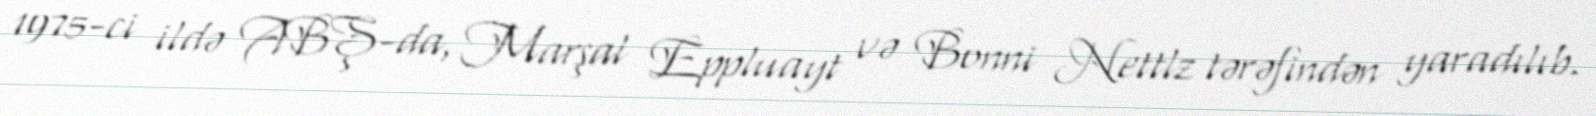
1975-ci ildə ABŞ-da, Marşal Eppluayt və Bonni Nettlz tərəfindən yaradılıb.